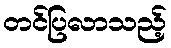
တင်ပြလာသည့်